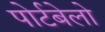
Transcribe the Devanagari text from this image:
पोर्टबेलो